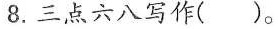
8.三点六八写作()。